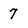
Character: 7